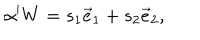
LaTeX: \alpha ^ { \prime } W = s _ { 1 } \vec { e } _ { 1 } + s _ { 2 } \vec { e } _ { 2 } ,